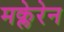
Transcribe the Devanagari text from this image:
मक्लेरेन